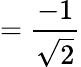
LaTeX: ={\frac{-1}{\sqrt{2}}}